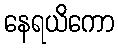
နေရယိကော